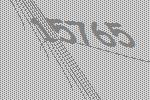
15765